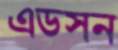
এডসন